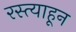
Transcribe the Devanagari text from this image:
रस्त्याहून